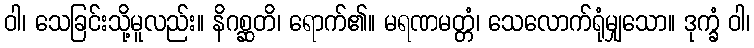
ဝါ၊ သေခြင်းသို့မူလည်း။ နိဂစ္ဆတိ၊ ရောက်၏။ မရဏမတ္တံ၊ သေလောက်ရုံမျှသော။ ဒုက္ခံ ဝါ၊